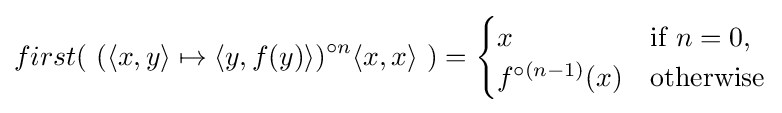
first(\ (\langle x,y\rangle \mapsto \langle y,f(y)\rangle )^{\circ n}\langle x,x\rangle \ )={\begin{cases}x&{\mbox{if }}n=0,\\f^{\circ (n-1)}(x)&{\mbox{otherwise}}\end{cases}}